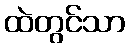
ထဲတွင်သာ